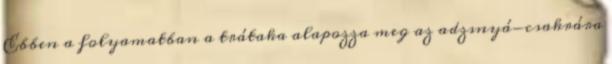
Ebben a folyamatban a trátaka alapozza meg az adzsnyá-csakrára